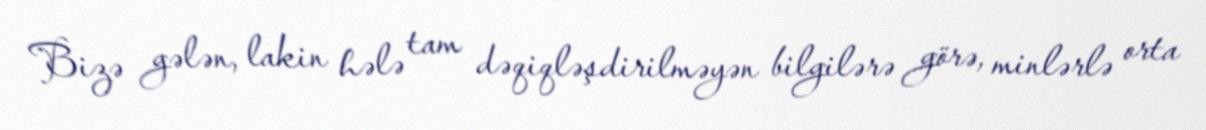
Bizə gələn, lakin hələ tam dəqiqləşdirilməyən bilgilərə görə, minlərlə orta